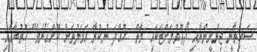
ސައިތާނީ ޖިންނީންނާއި ދޯޅުވުމަށްޓަކައި މާތް  ހުއްދަ ނުކުރާ އަމަލުތަށް ކޮށްގެނެވެ" ހުތުބާގައި